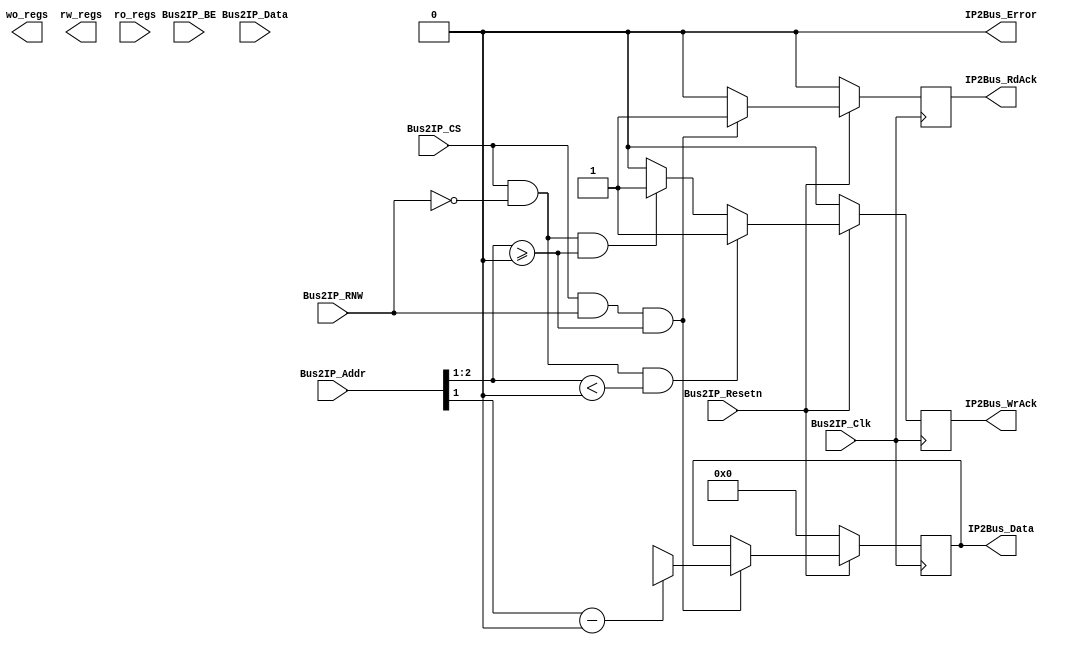
module ipif_regs 
 #(
   parameter C_S_AXI_DATA_WIDTH = 32,          
   parameter C_S_AXI_ADDR_WIDTH = 32,   
   parameter NUM_WO_REGS = 0, // Number of registers written by software and read by hardware only
   parameter NUM_RW_REGS = 0, // Number of registers written by software and read by both hardware and software
   parameter NUM_RO_REGS = 0  // Number of registers written by hardware and read by software only
   // Address Mapping
   //  ------  = base_address
   // |  WO  |         
   // |------|         |
   // |  RW  |         |
   // |------|         \/
   // |  RO  |
   //  ------  = high_address
 )
 (   
   // -- IPIF ports
   input                                               Bus2IP_Clk,
   input                                               Bus2IP_Resetn,
   input      [C_S_AXI_ADDR_WIDTH-1 : 0]               Bus2IP_Addr,
   input                                               Bus2IP_CS,
   input                                               Bus2IP_RNW,
   input      [C_S_AXI_DATA_WIDTH-1 : 0]               Bus2IP_Data,
   input      [C_S_AXI_DATA_WIDTH/8-1 : 0]             Bus2IP_BE,
   output     reg [C_S_AXI_DATA_WIDTH-1 : 0]           IP2Bus_Data,
   output     reg                                      IP2Bus_RdAck,
   output     reg                                      IP2Bus_WrAck,
   output                                              IP2Bus_Error,
   
   // -- Register ports
   output    [NUM_WO_REGS*C_S_AXI_DATA_WIDTH : 0]    wo_regs,
   output    [NUM_RW_REGS*C_S_AXI_DATA_WIDTH : 0]    rw_regs,
   input     [NUM_RO_REGS*C_S_AXI_DATA_WIDTH : 0]    ro_regs
 );

    function integer log2;
      input integer number;
      begin
         log2=0;
         while(2**log2<number) begin
            log2=log2+1;
         end
      end
   endfunction
   
   // -- internal parameters
   localparam addr_width = log2(NUM_WO_REGS+NUM_RW_REGS+NUM_RO_REGS);
   localparam addr_width_lsb = log2(C_S_AXI_ADDR_WIDTH/8);
   localparam addr_width_msb = addr_width+addr_width_lsb;
 
   // -- interal wire/regs
   genvar i;
   integer j;
   
   wire [C_S_AXI_DATA_WIDTH-1 : 0] reg_file_rd_port [0 : NUM_RW_REGS+NUM_RO_REGS-1];
   reg  [C_S_AXI_DATA_WIDTH-1 : 0] reg_file_wr_port [0 : NUM_WO_REGS+NUM_RW_REGS-1];
   
   generate	 
	 // Unpacking Write Only registers
	 if (NUM_WO_REGS > 0)       
	   for (i=0; i<NUM_WO_REGS; i=i+1) begin : WO
	     assign wo_regs[C_S_AXI_DATA_WIDTH*(i+1)-1 : C_S_AXI_DATA_WIDTH*i] = reg_file_wr_port[i];
	   end

	 // Unpacking Read Write registers
	 if (NUM_RW_REGS > 0)       
	   for (i=0; i<NUM_RW_REGS; i=i+1) begin : RW
	     assign rw_regs[C_S_AXI_DATA_WIDTH*(i+1)-1 : C_S_AXI_DATA_WIDTH*i] = reg_file_wr_port[NUM_WO_REGS+i];
		 assign reg_file_rd_port[i] = reg_file_wr_port[NUM_WO_REGS+i];
	   end

     // Unpacking Read Only registers
     if (NUM_RO_REGS > 0)       
	   for (i=0; i<NUM_RO_REGS; i=i+1) begin : RO
	     assign reg_file_rd_port[NUM_RW_REGS+i] = ro_regs[C_S_AXI_DATA_WIDTH*(i+1)-1 : C_S_AXI_DATA_WIDTH*i];
           end
   endgenerate
 
   // -- Implementation
   
   assign IP2Bus_Error = 1'b0;
   
   // SW writes
   always @ (posedge Bus2IP_Clk) begin
     if (~Bus2IP_Resetn) begin
	   for (j=0; j<(NUM_WO_REGS+NUM_RW_REGS); j=j+1) 
	     reg_file_wr_port[j] <= {C_S_AXI_DATA_WIDTH{1'b0}};
	   
	   IP2Bus_WrAck <= 1'b0;
	 end
	 else begin
	   IP2Bus_WrAck <= 1'b0;
	   
	   if (Bus2IP_CS && !Bus2IP_RNW && Bus2IP_Addr[addr_width_msb-1:addr_width_lsb] < (NUM_WO_REGS+NUM_RW_REGS)) begin
	     reg_file_wr_port[Bus2IP_Addr[addr_width_msb-1:addr_width_lsb]] <= Bus2IP_Data;
		 IP2Bus_WrAck <= 1'b1;
	   end
		//Bus waits Ack signal even a value is written to a read-only register. 
		else if (Bus2IP_CS && !Bus2IP_RNW && Bus2IP_Addr[addr_width_msb-1:addr_width_lsb] >= (NUM_WO_REGS+NUM_RW_REGS)) begin
			IP2Bus_WrAck	<= 1'b1;
		end
	 end
   end
   
   // SW reads
   always @ (posedge Bus2IP_Clk) begin
     if (~Bus2IP_Resetn) begin
	   IP2Bus_Data <= {C_S_AXI_DATA_WIDTH{1'b0}};
	   IP2Bus_RdAck <= 1'b0;
	 end
	 else begin
	   IP2Bus_RdAck <= 1'b0;
	   
	   if (Bus2IP_CS && Bus2IP_RNW && Bus2IP_Addr[addr_width_msb-1:addr_width_lsb] >= (NUM_WO_REGS)) begin
	     IP2Bus_Data <= reg_file_rd_port[Bus2IP_Addr[addr_width_msb-1:addr_width_lsb]-NUM_WO_REGS];
		 IP2Bus_RdAck <= 1'b1;
	   end
	 end
   end
    
 endmodule